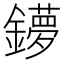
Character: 𨮒